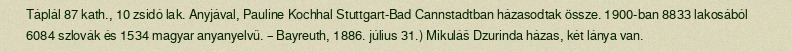
Táplál 87 kath., 10 zsidó lak. Anyjával, Pauline Kochhal Stuttgart-Bad Cannstadtban házasodtak össze. 1900-ban 8833 lakosából 6084 szlovák és 1534 magyar anyanyelvű. – Bayreuth, 1886. július 31.) Mikuláš Dzurinda házas, két lánya van.